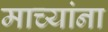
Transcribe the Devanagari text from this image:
माच्यांना